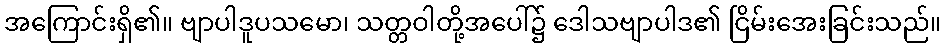
အကြောင်းရှိ၏။ ဗျာပါဒူပသမော၊ သတ္တဝါတို့အပေါ်၌ ဒေါသဗျာပါဒ၏ ငြိမ်းအေးခြင်းသည်။